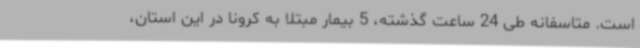
است. متاسفانه طی 24 ساعت گذشته، 5 بیمار مبتلا به کرونا در این استان،